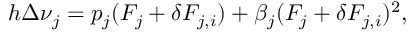
h \Delta \nu _ { j } = p _ { j } ( F _ { j } + \delta F _ { j , i } ) + \beta _ { j } ( F _ { j } + \delta F _ { j , i } ) ^ { 2 } ,